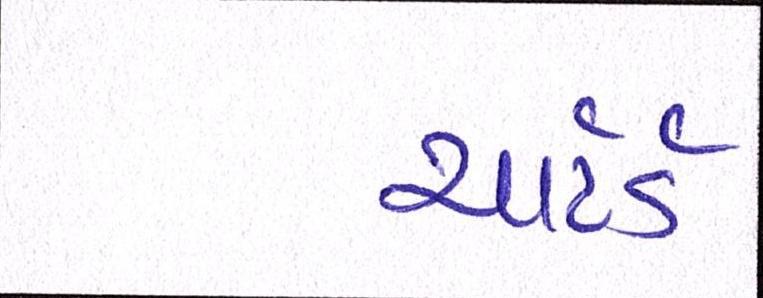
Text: ચાર્ટર્ડ